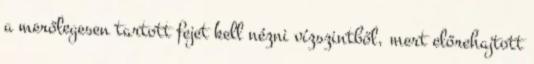
a merőlegesen tartott fejet kell nézni vízszintből, mert előrehajtott